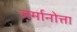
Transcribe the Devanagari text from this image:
जर्मानोत्ता